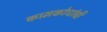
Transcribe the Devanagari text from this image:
कामकोधांची